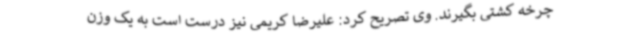
چرخه کشتی بگیرند. وی تصریح کرد: علیرضا کریمی نیز درست است به یک وزن